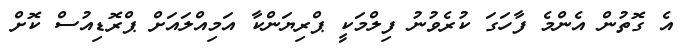
އެ ގޮތުން އެންމެ ފާހަގަ ކުރެވުނު ފިލްމަކީ ޕްރިޔަންކާ އަމިއްލައަށް ޕްރޮޑިއުސް ކޮށް